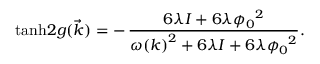
\operatorname { t a n h } \! { 2 g ( \vec { k } ) } = - \, { \frac { 6 \lambda I + 6 \lambda { \phi _ { 0 } } ^ { 2 } } { { \omega ( k ) } ^ { 2 } + 6 \lambda I + 6 \lambda { \phi _ { 0 } } ^ { 2 } } } .